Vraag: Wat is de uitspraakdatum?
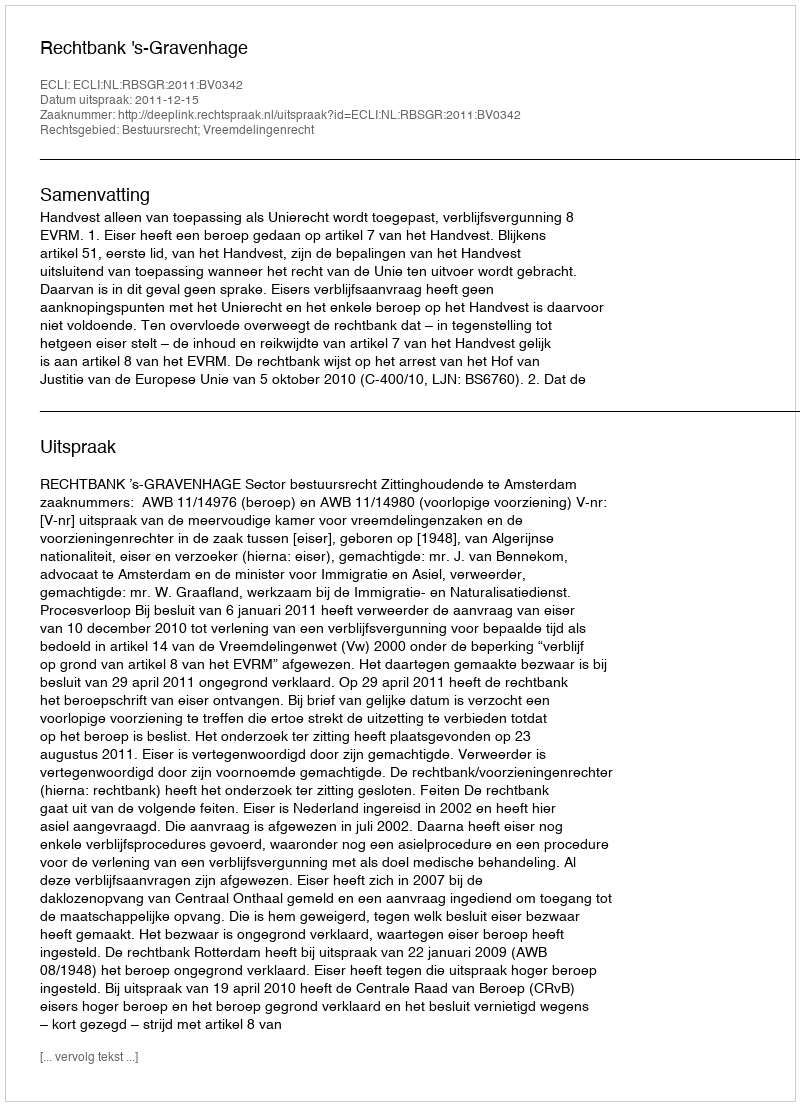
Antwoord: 2011-12-15